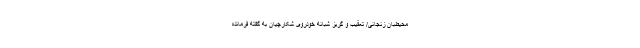
محیط‌بان زنجانی/ تعقیب و گریز شبانه خودروی شکارچیان به گفته فرمانده